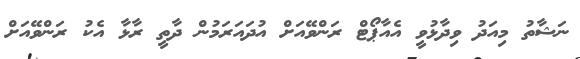
ނަޝާތު މިއަދު ވިދާޅުވީ އެއާޕޯޓް ރަންވޭއަށް އުދައަރަމުން ދާތީ ރާޅާ އެކު ރަންވޭއަށް